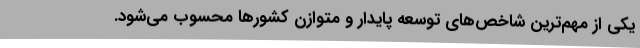
یکی از مهم‌ترین شاخص‌های توسعه پایدار و متوازن کشورها محسوب می‌شود.